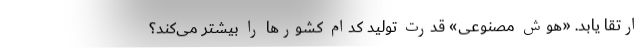
ارتقا یابد. «هوش مصنوعی» قدرت تولید کدام کشورها را بیشتر می‌کند؟